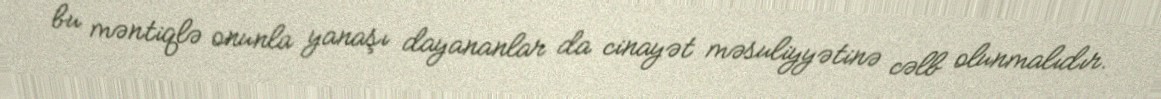
bu məntiqlə onunla yanaşı dayananlar da cinayət məsuliyyətinə cəlb olunmalıdır.